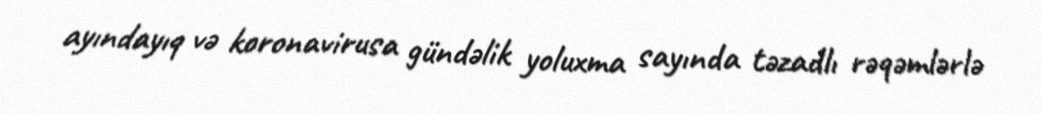
ayındayıq və koronavirusa gündəlik yoluxma sayında təzadlı rəqəmlərlə